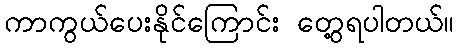
ကာကွယ်ပေးနိုင်ကြောင်း တွေ့ရပါတယ်။